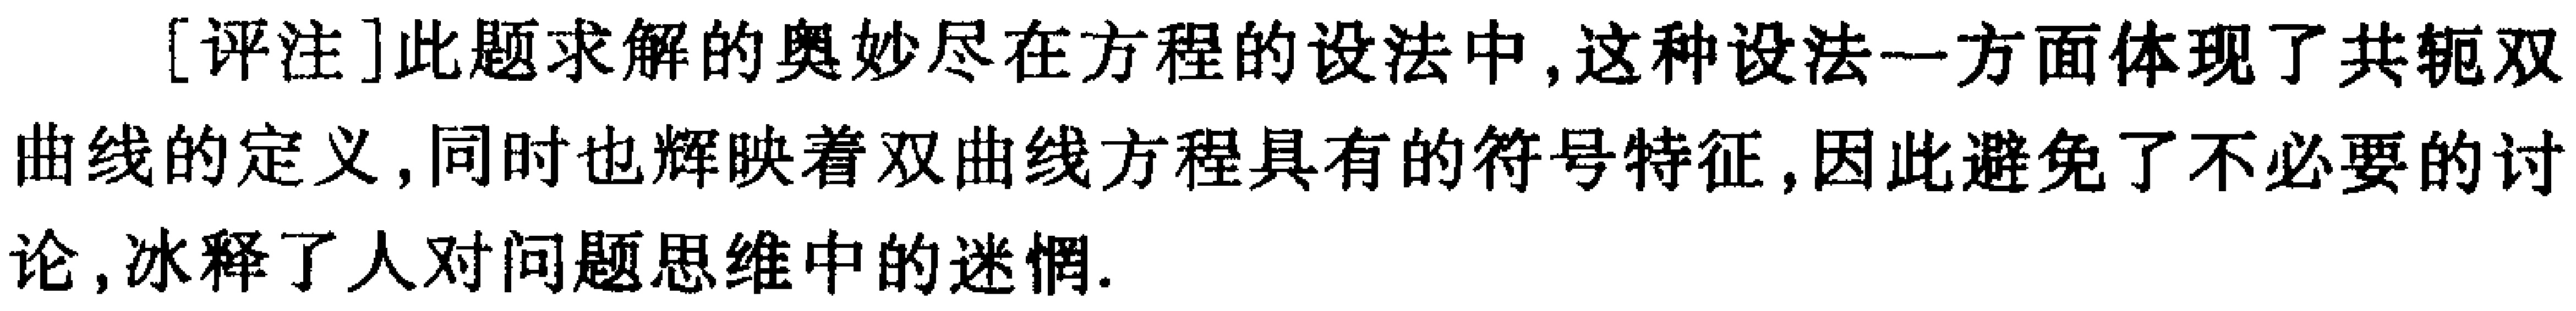
[评注]此题求解的奥妙尽在方程的设法中,这种设法一方面体现了共轭双曲线的定义,同时也辉映着双曲线方程具有的符号特征,因此避免了不必要的讨论,冰释了人对问题思维中的迷惘.